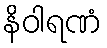
နိဝါရဏံ